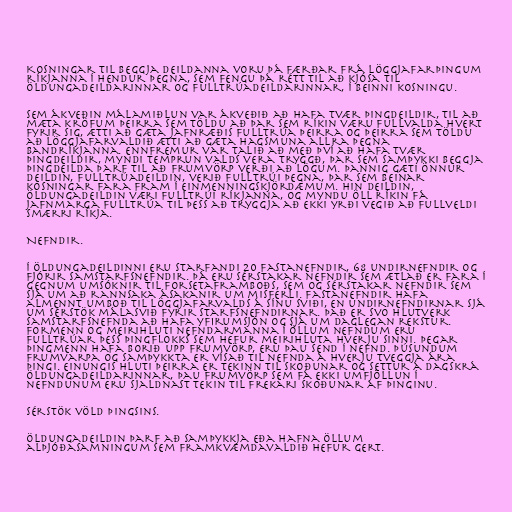
Kosningar til beggja deildanna voru þá færðar frá löggjafarþingum
ríkjanna í hendur þegna, sem fengu þá rétt til að kjósa til
öldungadeildarinnar og fulltrúadeildarinnar, í beinni kosningu.

Sem ákveðin málamiðlun var ákveðið að hafa tvær þingdeildir, til að
mæta kröfum þeirra sem töldu að þar sem ríkin væru fullvalda hvert
fyrir sig, ætti að gæta jafnræðis fulltrúa þeirra og þeirra sem töldu
að löggjafarvaldið ætti að gæta hagsmuna allra þegna
Bandríkjanna. Ennfremur var talið að með því að hafa tvær
þingdeildir, myndi temprun valds vera tryggð, þar sem samþykki beggja
þingdeilda þarf til að frumvörp verði að lögum. Þannig gæti önnur
deildin, fulltrúadeildin, verið fulltrúi þegna, þar sem beinar
kosningar fara fram í einmenningskjördæmum. Hin deildin,
öldungadeildin væri fulltrúi ríkjanna, og myndu öll ríkin fá
jafnmarga fulltrúa til þess að tryggja að ekki yrði vegið að fullveldi
smærri ríkja.

Nefndir.

Í öldungadeildinni eru starfandi 20 fastanefndir, 68 undirnefndir og
fjórir samstarfsnefndir. Þá eru sérstakar nefndir sem ætlað er fara í
gegnum umsóknir til forsetaframboðs, sem og sérstakar nefndir sem
sjá um að rannsaka ásakanir um misferli. Fastanefndir hafa
almennt umboð til löggjafarvalds á sínu sviði, en undirnefndirnar sjá
um sérstök málasvið fyrir starfsnefndirnar. Það er svo hlutverk
samstarfsnefnda að hafa yfirumsjón og sjá um daglegan rekstur.
Formenn og meirihluti nefndarmanna í öllum nefndum eru
fulltrúar þess þingflokks sem hefur meirihluta hverju sinni. Þegar
þingmenn hafa borið upp frumvörp, eru þau send í nefnd. Þúsundum
frumvarpa og samþykkta er vísað til nefnda á hverju tveggja ára
þingi. Einungis hluti þeirra er tekinn til skoðunar og settur á dagskrá
öldungadeildarinnar, þau frumvörp sem fá ekki umfjöllun í
nefndunum eru sjaldnast tekin til frekari skoðunar af þinginu.

Sérstök völd þingsins.

Öldungadeildin þarf að samþykkja eða hafna öllum
alþjóðasamningum sem framkvæmdavaldið hefur gert.